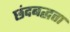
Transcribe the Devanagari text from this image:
छंदबद्धता